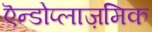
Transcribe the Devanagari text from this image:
एॆन्डोप्लाज़मिक